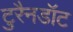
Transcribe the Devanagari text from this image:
टुरैनडॉट